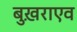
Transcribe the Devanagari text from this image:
बुख़राएव